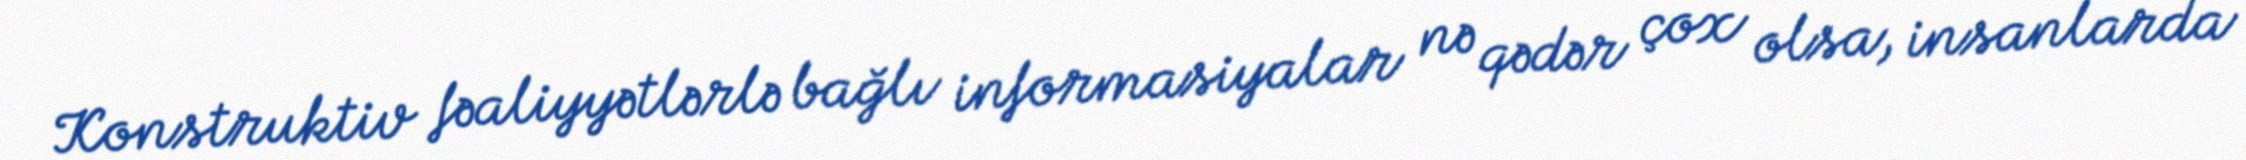
Konstruktiv fəaliyyətlərlə bağlı informasiyalar nə qədər çox olsa, insanlarda